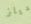
دياز